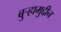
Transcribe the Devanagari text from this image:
बुऱ्हामुद्दीन